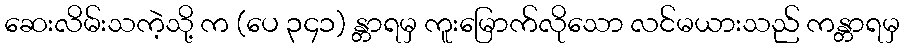
ဆေးလိမ်းသကဲ့သို့ က (ပေ ၃၄၁) န္တာရမှ ကူးမြောက်လိုသော လင်မယားသည် ကန္တာရမှ